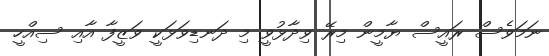
ނަމަވެސް ރައީސް ޔާމީން މިރޭ ވިދާޅުވީ މި ދަނޑިވަޅަކީ ވަޒީފާ އާއި ސިއްހީ